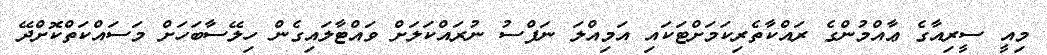
މިއީ ސީރިއާގެ ޢާއްމުންގެ ރައްކާތެރިކަމަށްޓަކައި އަމިއްލަ ނަފްސު ނުރައްކަލަށް ވައްޓާލައިގެން ހިލޭސާބަހަށް މަސައްކަތްކޮށްދޭ